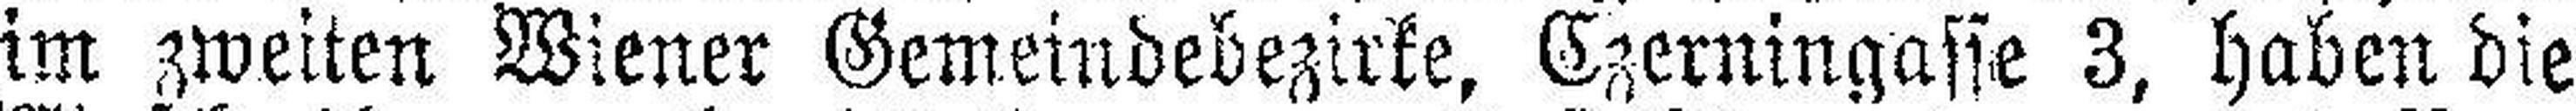
im zweiten Wiener Gemeindebezirke, Czerningasse 3, haben die